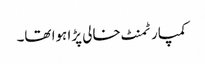
کمپارٹمنٹ خالی پڑا ہوا تھا۔